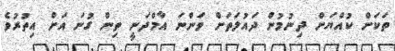
ތަކަށް ކުއްޔަށް ދިނުމުން ދައުލަތަށް ވަންނަ އާމްދަނީ ތިން ގުނަ އަށް އިތުރުވެ